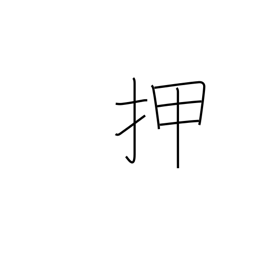
Meaning: shove